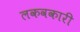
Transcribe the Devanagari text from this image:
लकवकारी